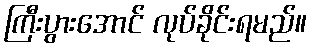
ကြီးပွားအောင် လုပ်ခိုင်းရမည်။